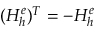
( H _ { h } ^ { e } ) ^ { T } = - H _ { h } ^ { e }